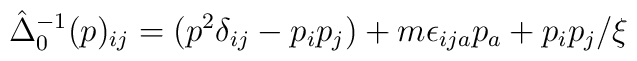
\hat{\Delta}_0^{-1}(p)_{ij} = (p^2\delta_{ij} - p_ip_j)+ m\epsilon_{ija}p_a + p_ip_j/\xi